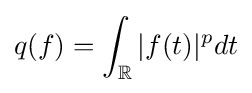
q(f)=\int _{\mathbb {R} }|f(t)|^{p}dt